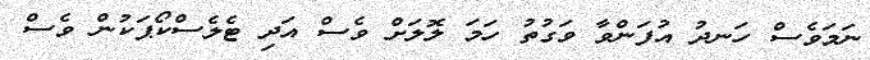
ނަމަވެސް ހަނދު އުފަންވާ ވަގުތު ހަމަ ލޮލަށް ވެސް އަދި ޓެލެސްކޯޕަކުން ވެސް